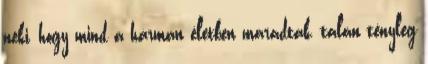
neki, hogy mind a hárman életben maradtak, talán tényleg